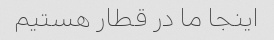
اینجا ما در قطار هستیم